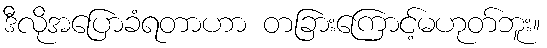
ဒီလိုအပြောခံရတာဟာ တခြားကြောင့်မဟုတ်ဘူး။